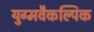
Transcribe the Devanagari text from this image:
युग्मवैकल्पिक